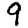
Digit: 9